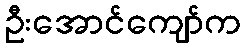
ဦးအောင်ကျော်က